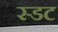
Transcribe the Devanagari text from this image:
स्डट